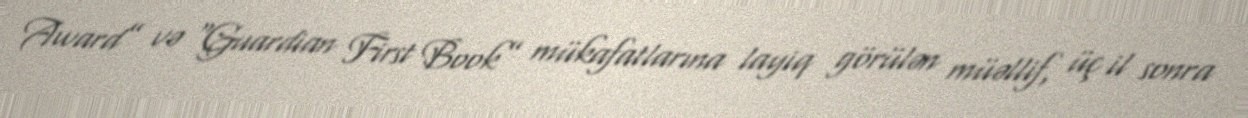
Award” və "Guardian First Book” mükafatlarına layiq görülən müəllif, üç il sonra